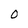
Character: 0